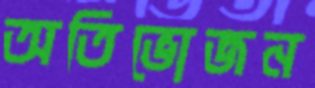
অতিভোজন